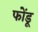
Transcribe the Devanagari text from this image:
फोंडू